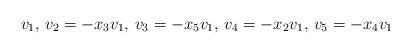
LaTeX: \begin{align*} v_1,\,v_2=-x_3v_1,\,v_3=-x_5v_1,\,v_4=-x_2v_1,\,v_5=-x_4v_1 \end{align*}